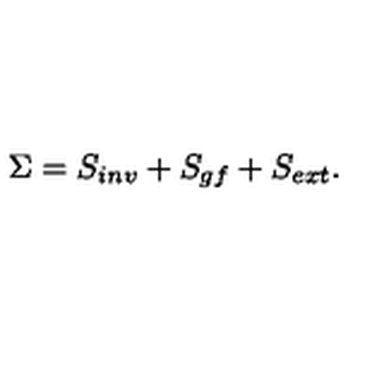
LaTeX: \Sigma = S _ { i n v } + S _ { g f } + S _ { e x t } .